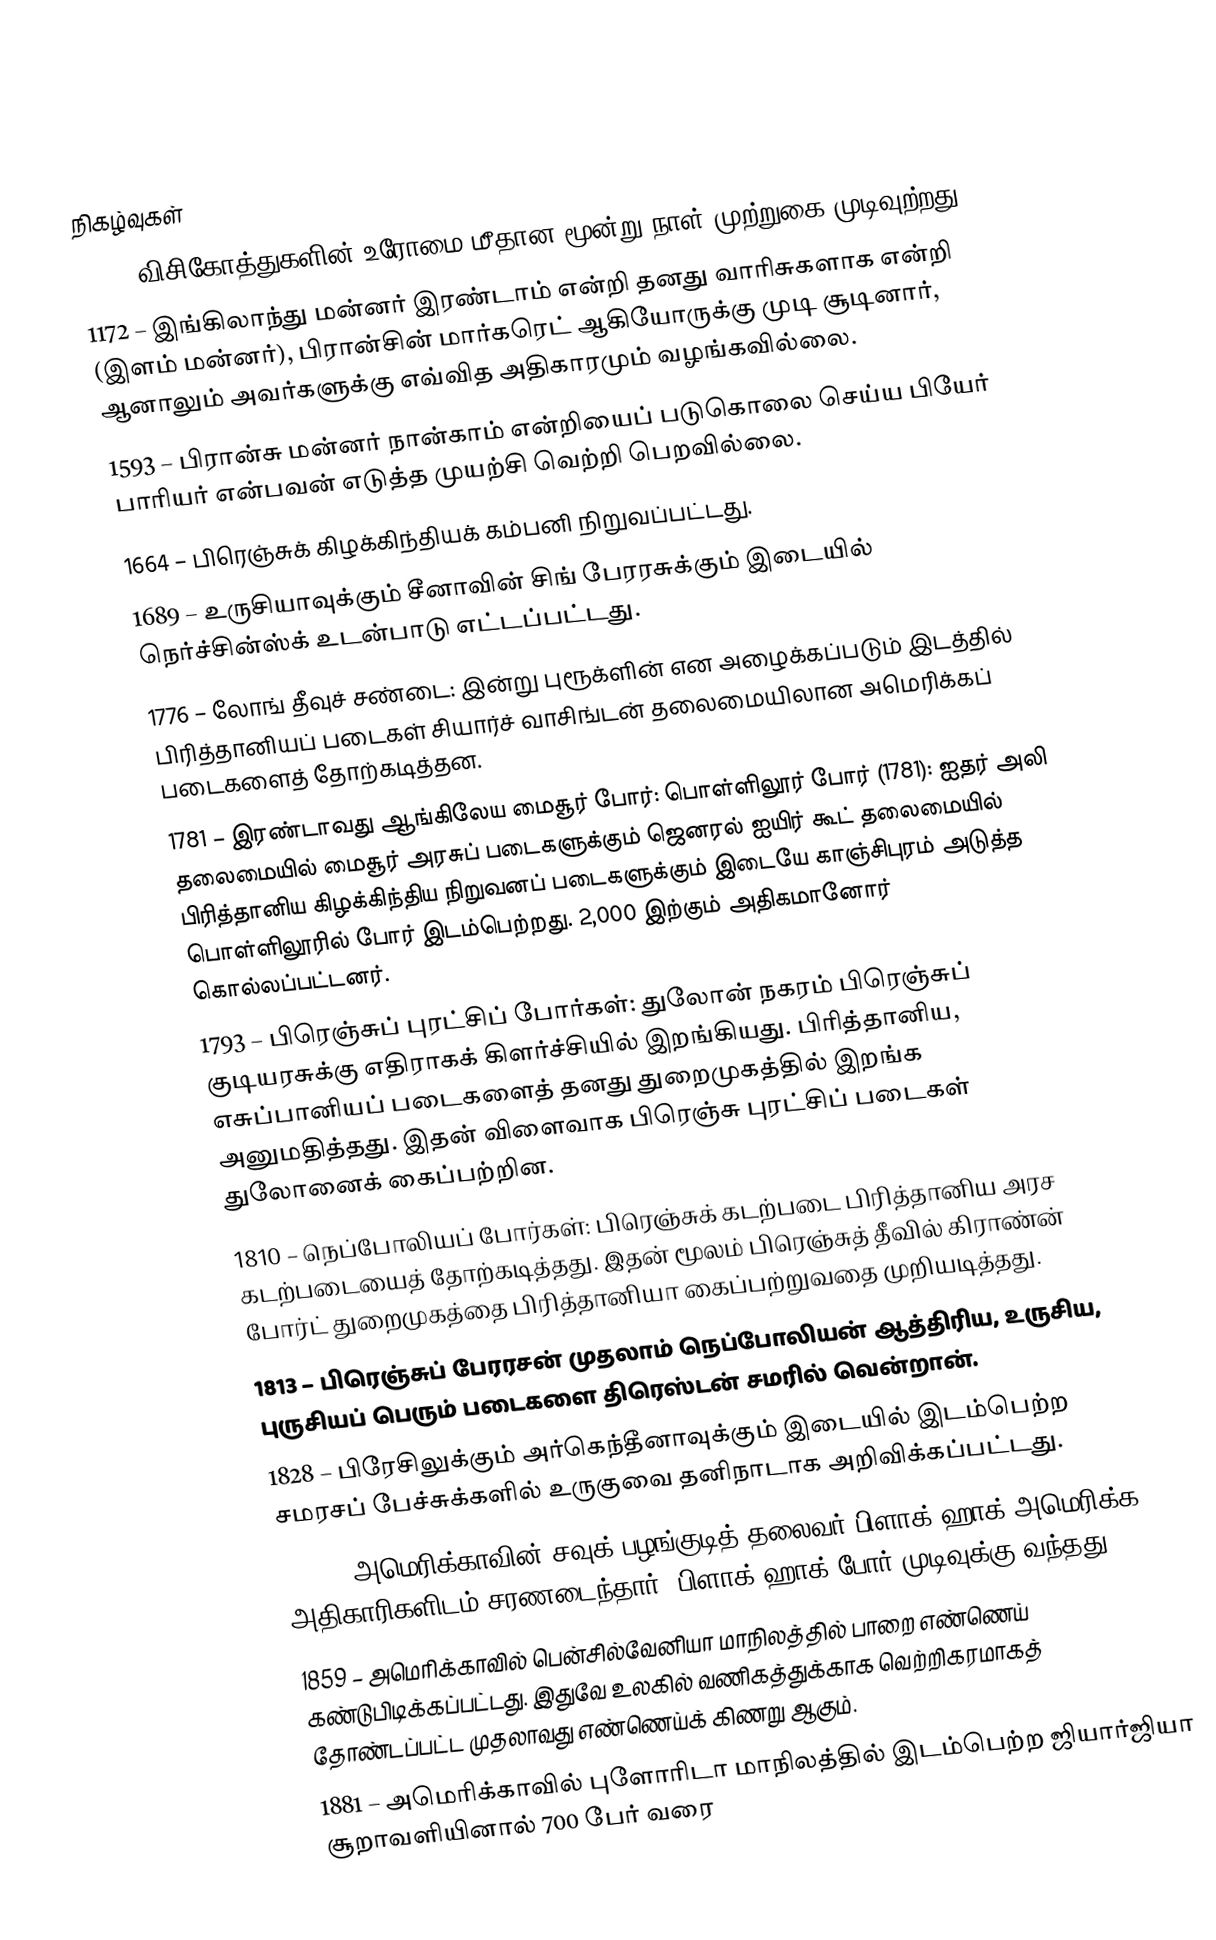

நிகழ்வுகள்
410 – விசிகோத்துகளின் உரோமை மீதான மூன்று நாள் முற்றுகை முடிவுற்றது.
1172 – இங்கிலாந்து மன்னர் இரண்டாம் என்றி தனது வாரிசுகளாக என்றி (இளம் மன்னர்), பிரான்சின் மார்கரெட் ஆகியோருக்கு முடி சூடினார், ஆனாலும் அவர்களுக்கு எவ்வித அதிகாரமும் வழங்கவில்லை.
1593 – பிரான்சு மன்னர் நான்காம் என்றியைப் படுகொலை செய்ய பியேர் பாரியர் என்பவன் எடுத்த முயற்சி வெற்றி பெறவில்லை.
1664 – பிரெஞ்சுக் கிழக்கிந்தியக் கம்பனி நிறுவப்பட்டது.
1689 – உருசியாவுக்கும் சீனாவின் சிங் பேரரசுக்கும் இடையில் நெர்ச்சின்ஸ்க் உடன்பாடு எட்டப்பட்டது.
1776 – லோங் தீவுச் சண்டை: இன்று புரூக்ளின் என அழைக்கப்படும் இடத்தில் பிரித்தானியப் படைகள் சியார்ச் வாசிங்டன் தலைமையிலான அமெரிக்கப் படைகளைத் தோற்கடித்தன.
1781 – இரண்டாவது ஆங்கிலேய மைசூர் போர்: பொள்ளிலூர் போர் (1781): ஐதர் அலி தலைமையில் மைசூர் அரசுப் படைகளுக்கும் ஜெனரல் ஐயிர் கூட் தலைமையில் பிரித்தானிய கிழக்கிந்திய நிறுவனப் படைகளுக்கும் இடையே காஞ்சிபுரம் அடுத்த பொள்ளிலூரில் போர் இடம்பெற்றது. 2,000 இற்கும் அதிகமானோர் கொல்லப்பட்டனர்.
1793 – பிரெஞ்சுப் புரட்சிப் போர்கள்: துலோன் நகரம் பிரெஞ்சுப் குடியரசுக்கு எதிராகக் கிளர்ச்சியில் இறங்கியது. பிரித்தானிய, எசுப்பானியப் படைகளைத் தனது துறைமுகத்தில் இறங்க அனுமதித்தது. இதன் விளைவாக பிரெஞ்சு புரட்சிப் படைகள் துலோனைக் கைப்பற்றின.
1810 – நெப்போலியப் போர்கள்: பிரெஞ்சுக் கடற்படை பிரித்தானிய அரச கடற்படையைத் தோற்கடித்தது. இதன் மூலம் பிரெஞ்சுத் தீவில் கிராண்ன் போர்ட் துறைமுகத்தை பிரித்தானியா கைப்பற்றுவதை முறியடித்தது.
1813 – பிரெஞ்சுப் பேரரசன் முதலாம் நெப்போலியன் ஆத்திரிய, உருசிய, புருசியப் பெரும் படைகளை திரெஸ்டன் சமரில் வென்றான்.
1828 – பிரேசிலுக்கும் அர்கெந்தீனாவுக்கும் இடையில் இடம்பெற்ற சமரசப் பேச்சுக்களில் உருகுவை தனிநாடாக அறிவிக்கப்பட்டது.
1832 – அமெரிக்காவின் சவுக் பழங்குடித் தலைவர் பிளாக் ஹாக் அமெரிக்க அதிகாரிகளிடம் சரணடைந்தார். பிளாக் ஹாக் போர் முடிவுக்கு வந்தது.
1859 – அமெரிக்காவில் பென்சில்வேனியா மாநிலத்தில் பாறை எண்ணெய் கண்டுபிடிக்கப்பட்டது. இதுவே உலகில் வணிகத்துக்காக வெற்றிகரமாகத் தோண்டப்பட்ட முதலாவது எண்ணெய்க் கிணறு ஆகும்.
1881 – அமெரிக்காவில் புளோரிடா மாநிலத்தில் இடம்பெற்ற ஜியார்ஜியா சூறாவளியினால் 700 பேர் வரை